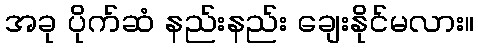
အခု ပိုက်ဆံ နည်းနည်း ချေးနိုင်မလား။